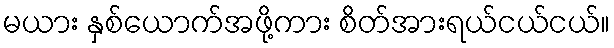
မယား နှစ်ယောက်အဖို့ကား စိတ်အားရယ်ငယ်ငယ်။